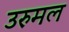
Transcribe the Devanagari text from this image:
उरुमल